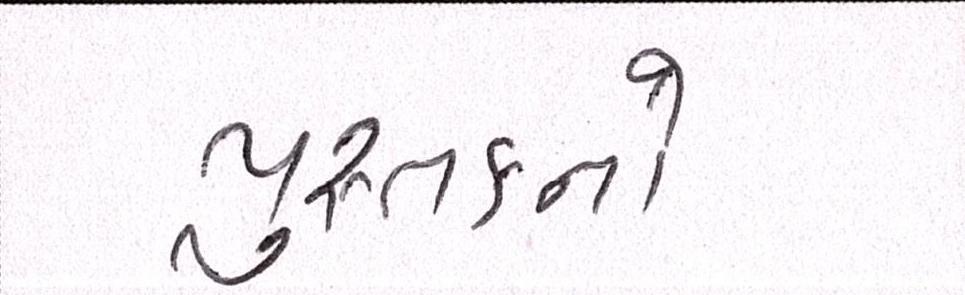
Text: પુસ્તકનો